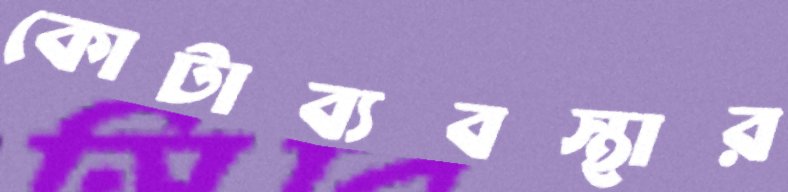
কোটাব্যবস্থার